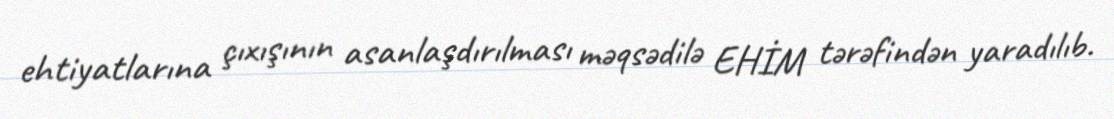
ehtiyatlarına çıxışının asanlaşdırılması məqsədilə EHİM tərəfindən yaradılıb.